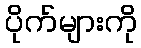
ပိုက်များကို